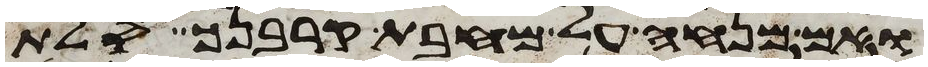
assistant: ואם מנחה על מחבת קרבנך סלת